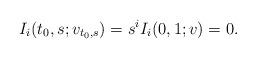
LaTeX: \begin{align*}I _i ( t_0,s ;v_{t_0,s}) = s^i I_i(0,1;v)=0 .\end{align*}